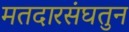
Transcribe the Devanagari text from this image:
मतदारसंघतुन